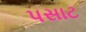
પસાટ